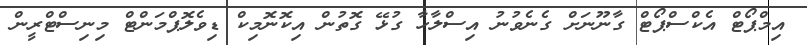
އިމްޕޯޓް އެކްސްޕޯޓް ގާނޫނަށް ގެނެވުނު އިސްލާހާ ގުޅޭ ގޮތުން އިކޮނޮމިކް ޑިވެލޮޕްމަންޓް މިނިސްޓްރީން